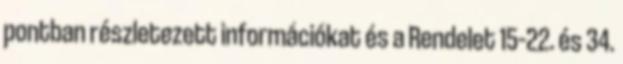
pontban részletezett információkat és a Rendelet 15–22. és 34.